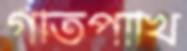
গীতপাখি